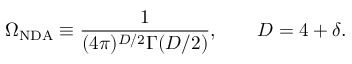
\Omega _ { \mathrm { N D A } } \equiv \frac { 1 } { ( 4 \pi ) ^ { D / 2 } \Gamma ( D / 2 ) } , \qquad D = 4 + \delta .